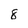
Character: 8